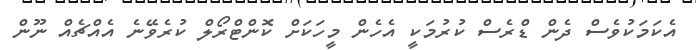
އެކަމަކުވެސް ދެން ޑްރެސް ކުރުމަކީ އެހެން މީހަކަށް ކޮންޓްރޯލް ކުރެވޭނެ އެއްޗެއް ނޫން